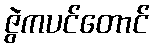
ဇွဲကပင်တောင်